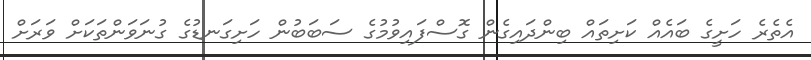
އެތެރެ ހަށީގެ ބައެއް ކަށިތައް ބިންދައިގެން ގޮސްފައިވުމުގެ ސަބަބުން ހަށިގަނޑުގެ ގުނަވަންތަކަށް ވަރަށް